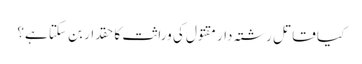
کیا قاتل رشتہ دار مقتول کی وراثت کا حقدار بن سکتا ہے؟